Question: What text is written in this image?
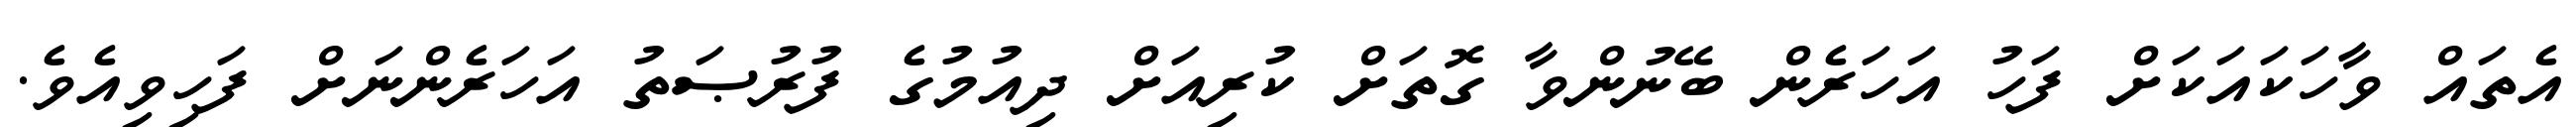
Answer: އެތައް ވާހަކައަކަށް ފަހު އަހަރެން ބޭނުންވާ ގޮތަށް ކުރިއަށް ދިއުމުގެ ފުރުޞަތު އަހަރެންނަށް ފަހިވިއެވެ.